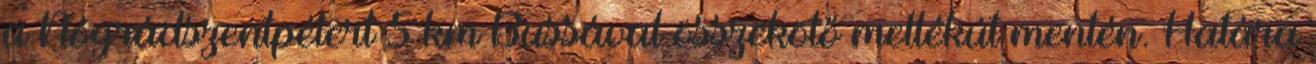
a Nógrádszentpétert 5 km Bussával összekötő mellékút mentén. Határa